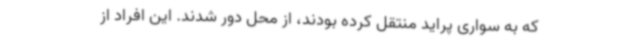
که به سواری پراید منتقل کرده بودند، از محل دور شدند. این افراد از